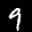
Label: 9